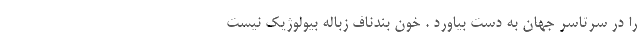
را در سرتاسر جهان به دست بیاورد . خون بندناف زباله بیولوژیک نیست